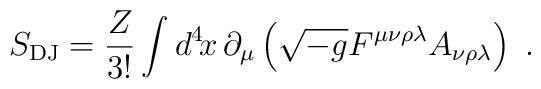
S_{\rm DJ} =  \frac{Z}{3!} \int d^4\!x\, \partial_\mu        \left( \sqrt{-g}        F^{\mu\nu\rho\lambda} A_{\nu\rho\lambda} \right) \ .